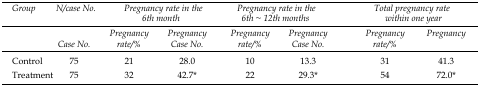
<table><thead><tr><td><b><i>Group</i></b></td><td><b><i>N/case number</i></b></td><td colspan="2"><b><i>Pregnancy rate in the 6th month</i></b></td><td colspan="2"><b><i>Pregnancy rate in the 6th ~ 12th months</i></b></td><td colspan="2"><b><i>Total pregnancy rate within one year</i></b></td></tr><tr><td></td><td><b><i>Case No.</i></b></td><td><b><i>Pregnancy rate/%</i></b></td><td><b><i>Pregnancy Case No.</i></b></td><td><b><i>Pregnancy rate/%</i></b></td><td><b><i>Pregnancy Case No.</i></b></td><td><b><i>Pregnancy rate/%</i></b></td><td><b><i>Pregnancy</i></b></td></tr></thead><tbody><tr><td>Control</td><td>75</td><td>21</td><td>28.0</td><td>10</td><td>13.3</td><td>31</td><td>41.3</td></tr><tr><td>Treatment</td><td>75</td><td>32</td><td>42.7*</td><td>22</td><td>29.3*</td><td>54</td><td>72.0*</td></tr></tbody></table>